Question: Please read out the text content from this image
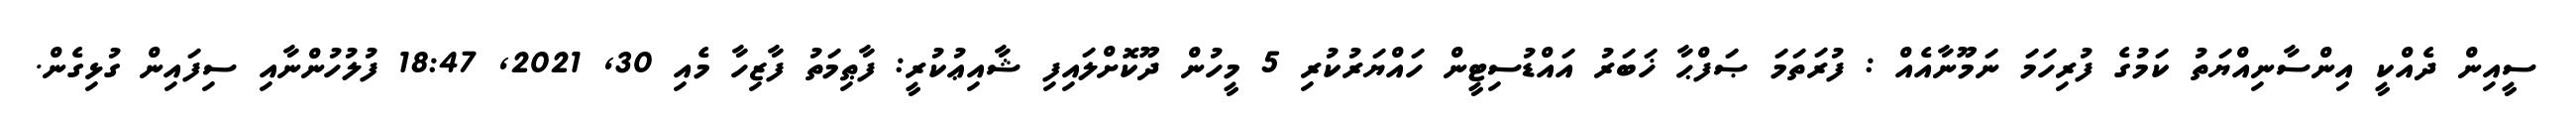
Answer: ސީއިން ދެއްކީ އިންސާނިއްޔަތު ކަމުގެ ފުރިހަމަ ނަމޫނާއެއް : ފުރަތަމަ ޞަފްޙާ ޚަބަރު އައްޑުސިޓީން ހައްޔަރުކުރި 5 މީހުން ދޫކޮށްލައިފި ޝާއިޢުކުރީ: ފާޠިމަތު ފާޒިހާ މެއި 30, 2021, 18:47 ފުލުހުންނާއި ސިފައިން ގުޅިގެން.